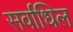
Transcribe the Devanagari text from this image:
सर्वाधिल